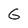
Character: G